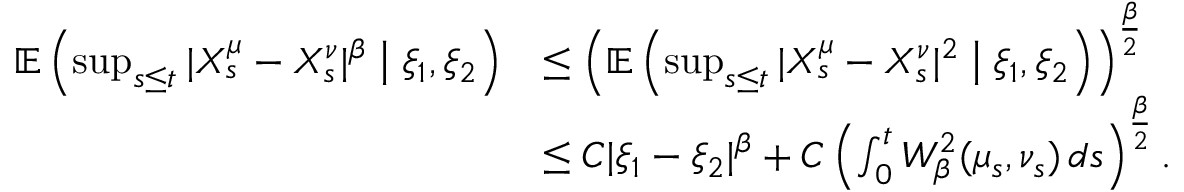
\begin{array} { r l } { \mathbb { E } \left( \operatorname* { s u p } _ { s \leq t } | X _ { s } ^ { \mu } - X _ { s } ^ { \nu } | ^ { \beta } \bigm | \xi _ { 1 } , \xi _ { 2 } \right) } & { \leq \left( \mathbb { E } \left( \operatorname* { s u p } _ { s \leq t } | X _ { s } ^ { \mu } - X _ { s } ^ { \nu } | ^ { 2 } \bigm | \xi _ { 1 } , \xi _ { 2 } \right) \right) ^ { \frac { \beta } { 2 } } } \\ & { \leq C | \xi _ { 1 } - \xi _ { 2 } | ^ { \beta } + C \left( \int _ { 0 } ^ { t } W _ { \beta } ^ { 2 } ( \mu _ { s } , \nu _ { s } ) \, d s \right) ^ { \frac { \beta } { 2 } } . } \end{array}